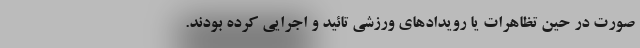
صورت در حین تظاهرات یا رویدادهای ورزشی تائید و اجرایی کرده بودند.